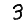
Digit: 3